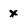
Character: X